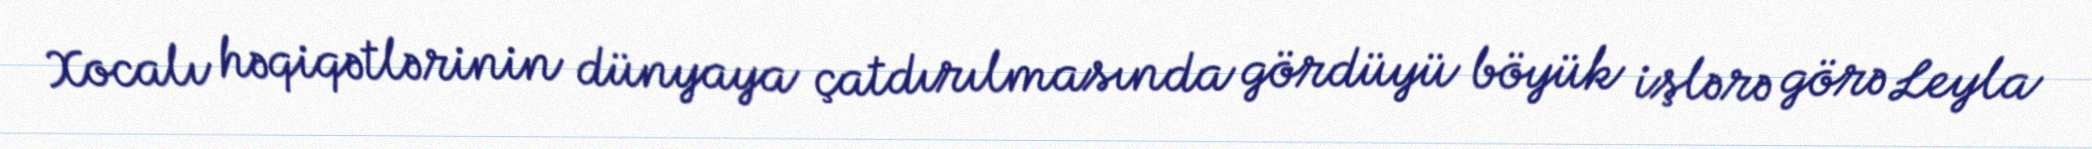
Xocalı həqiqətlərinin dünyaya çatdırılmasında gördüyü böyük işlərə görə Leyla